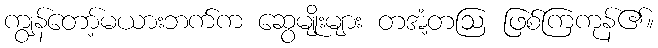
ကျွန်တော့်မယားဘက်က ဆွေမျိုးများ တအံ့တဩ ဖြစ်ကြကုန်၏။